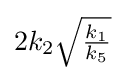
{\textstyle 2k_{2}{\sqrt {\frac {k_{1}}{k_{5}}}}}